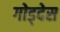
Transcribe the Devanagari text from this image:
गोड्देस